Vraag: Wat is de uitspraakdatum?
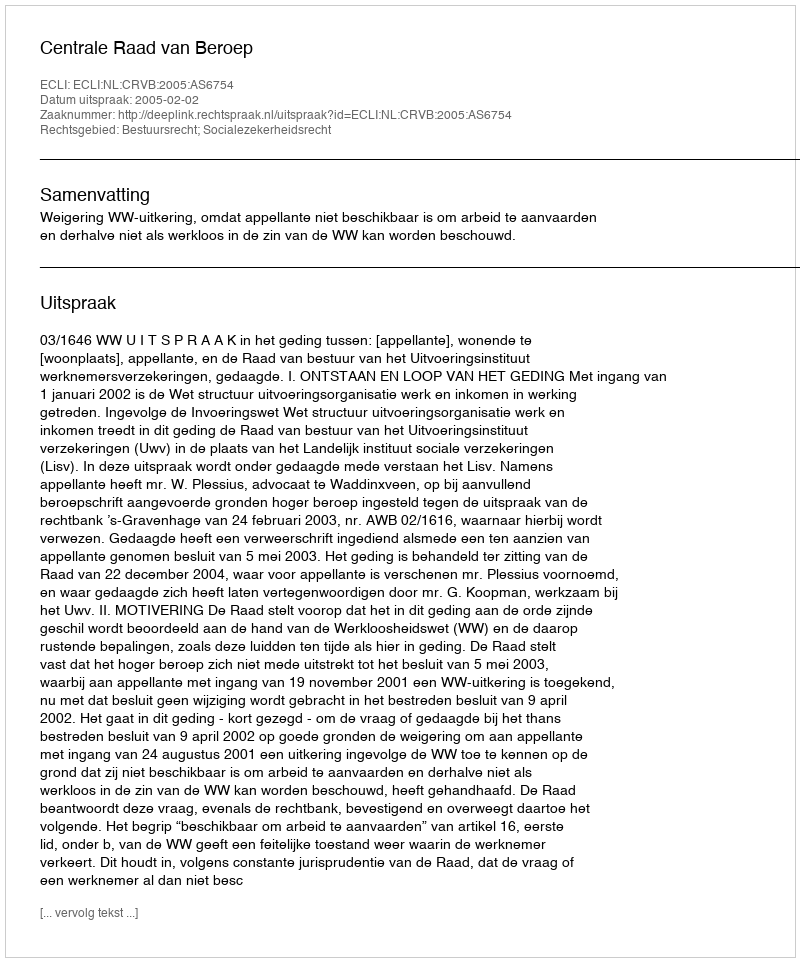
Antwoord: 2005-02-02